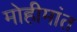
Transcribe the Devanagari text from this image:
मोहीमांत